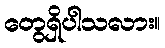
တွေရှိပါသလား။